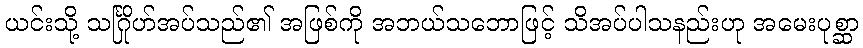
ယင်းသို့ သင်္ဂြိုဟ်အပ်သည်၏ အဖြစ်ကို အဘယ်သဘောဖြင့် သိအပ်ပါသနည်းဟု အမေးပုစ္ဆာ